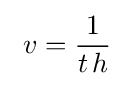
~v={\frac {1}{t\!~h}}~